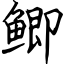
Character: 鲫